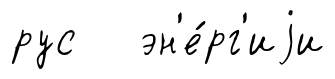
рус эн'е́рг'иjи